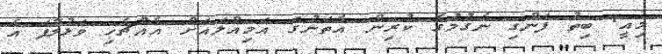
މިއީ. ބިތު ފަންގި ނެގުމުގެ ކުރިން އެތަނުގަ އަމިއްލައަށް އެއްޗެހި ވަޅުލާފަ އެ